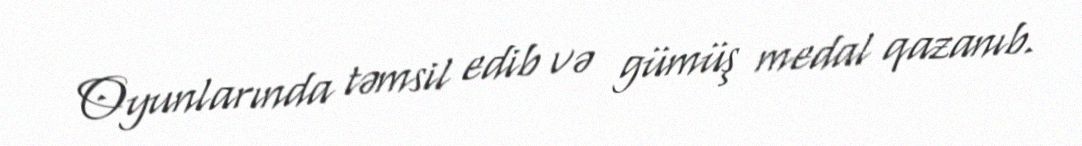
Oyunlarında təmsil edib və gümüş medal qazanıb.